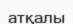
атқалы